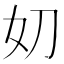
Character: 𭑪